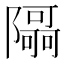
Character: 𮥯